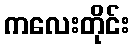
ကလေးတိုင်း